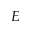
E